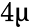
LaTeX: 4\upmu